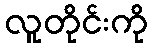
လူတိုင်းကို